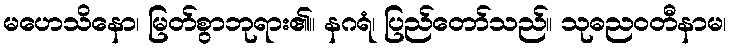
မဟေသိနော၊ မြတ်စွာဘုရား၏။ နဂရံ၊ ပြည်တော်သည်။ သုဓညဝတီနာမ၊